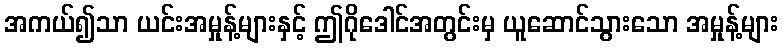
အကယ်၍သာ ယင်းအမှုန့်များနှင့် ဤဂိုဒေါင်အတွင်းမှ ယူဆောင်သွားသော အမှုန့်များ